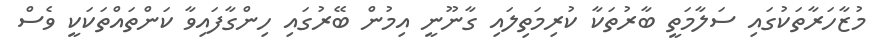
މުޒާހަރާތަކުގައި ސަލާމަތީ ބާރުތަކާ ކުރިމަތިލައި ގާނޫނީ އިމުން ބޭރުގައި ހިންގާފައިވާ ކަންތައްތަކަކީ ވެސް